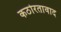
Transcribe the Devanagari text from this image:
कठोरतावाद